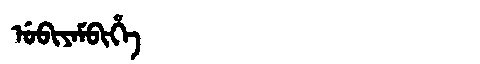
Manchu: ᡠᠪᡳᠶᠠᠮᠪᡳᡥᡝ
Romanization: UBIYAMBIHE